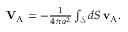
\begin{array} { r } { \mathbf { V } _ { \mathrm { A } } = - \frac { 1 } { 4 \pi a ^ { 2 } } \int _ { \mathcal { S } } d S \, \mathbf { v } _ { \mathrm { A } } . } \end{array}